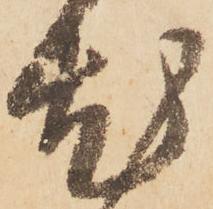
尤